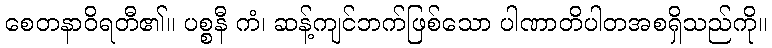
စေတနာဝိရတီ၏။ ပစ္စနီ ကံ၊ ဆန့်ကျင်ဘက်ဖြစ်သော ပါဏာတိပါတအစရှိသည်ကို။